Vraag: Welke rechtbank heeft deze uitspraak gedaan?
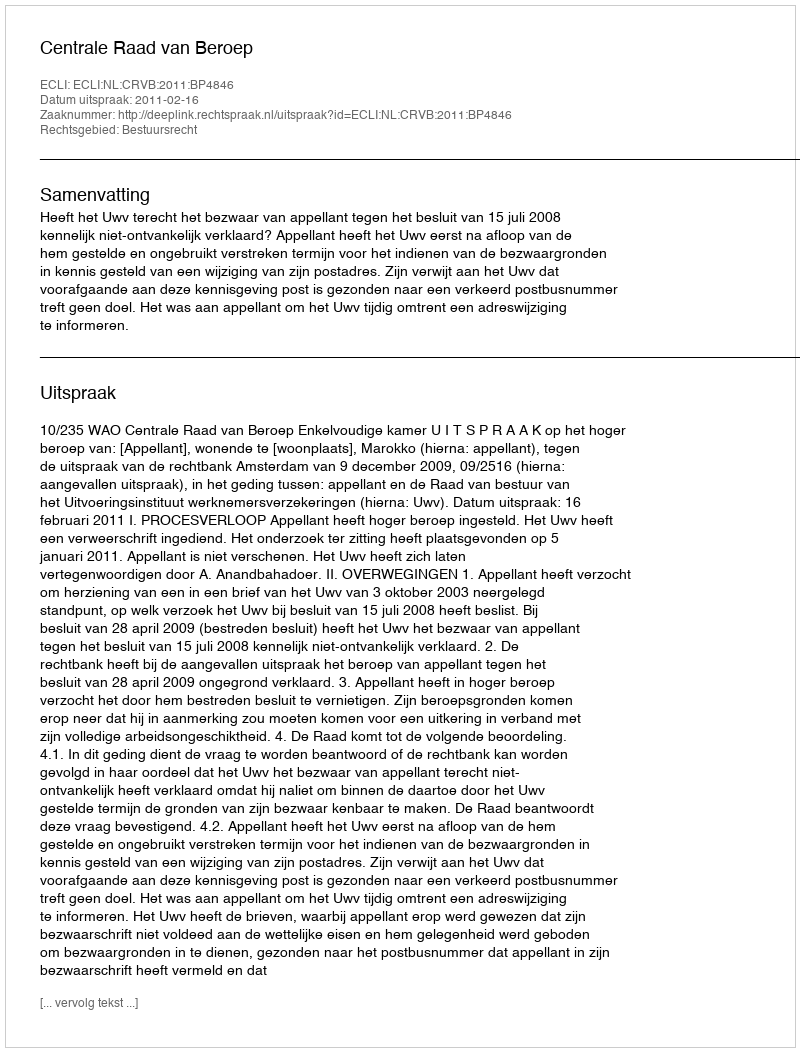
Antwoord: Centrale Raad van Beroep